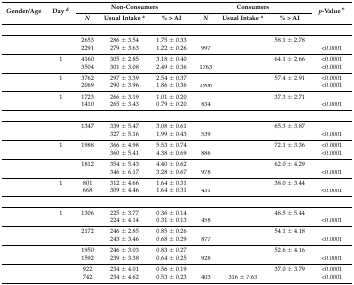
<table><thead><tr><td rowspan="2"><b>Gender/Age</b></td><td rowspan="2"><b>Day <sup>d</sup></b></td><td colspan="3"><b>Non-Consumers</b></td><td colspan="3"><b>Consumers</b></td><td rowspan="2"><b><i>p</i>-Value <sup>e</sup></b></td></tr><tr><td><b><i>N</i></b></td><td><b>Usual Intake <sup>a</sup></b></td><td><b>% &gt; AI</b></td><td><b><i>N</i></b></td><td><b>Usual Intake <sup>a</sup></b></td><td><b>% &gt; AI</b></td></tr></thead><tbody><tr><td>[EMPTY_CELL]</td><td>[EMPTY_CELL]</td><td>[EMPTY_CELL]</td><td>[EMPTY_CELL]</td><td>[EMPTY_CELL]</td><td>[EMPTY_CELL]</td><td>[EMPTY_CELL]</td><td>[EMPTY_CELL]</td><td>[EMPTY_CELL]</td></tr><tr><td rowspan="2">[EMPTY_CELL]</td><td>[EMPTY_CELL]</td><td>2653</td><td>286 ± 3.54</td><td>1.75 ± 0.33</td><td>[EMPTY_CELL]</td><td>[EMPTY_CELL]</td><td>58.1 ± 2.78</td><td>[EMPTY_CELL]</td></tr><tr><td>[EMPTY_CELL]</td><td>2291</td><td>279 ± 3.63</td><td>1.22 ± 0.26</td><td>997</td><td>[EMPTY_CELL]</td><td>[EMPTY_CELL]</td><td>&lt;0.0001</td></tr><tr><td rowspan="2">[EMPTY_CELL]</td><td>1</td><td>4160</td><td>305 ± 2.85</td><td>3.18 ± 0.40</td><td>[EMPTY_CELL]</td><td>[EMPTY_CELL]</td><td>64.1 ± 2.66</td><td>&lt;0.0001</td></tr><tr><td>[EMPTY_CELL]</td><td>3504</td><td>301 ± 3.08</td><td>2.49 ± 0.36</td><td>1763</td><td>[EMPTY_CELL]</td><td>[EMPTY_CELL]</td><td>&lt;0.0001</td></tr><tr><td rowspan="2">[EMPTY_CELL]</td><td>1</td><td>3762</td><td>297 ± 3.39</td><td>2.54 ± 0.37</td><td>[EMPTY_CELL]</td><td>[EMPTY_CELL]</td><td>57.4 ± 2.91</td><td>&lt;0.0001</td></tr><tr><td>[EMPTY_CELL]</td><td>2069</td><td>290 ± 3.96</td><td>1.86 ± 0.36</td><td>1906</td><td>[EMPTY_CELL]</td><td>[EMPTY_CELL]</td><td>&lt;0.0001</td></tr><tr><td rowspan="2">[EMPTY_CELL]</td><td>1</td><td>1723</td><td>266 ± 3.19</td><td>1.01 ± 0.20</td><td>[EMPTY_CELL]</td><td>[EMPTY_CELL]</td><td>37.3 ± 2.71</td><td>[EMPTY_CELL]</td></tr><tr><td>[EMPTY_CELL]</td><td>1410</td><td>265 ± 3.43</td><td>0.79 ± 0.20</td><td>834</td><td>[EMPTY_CELL]</td><td>[EMPTY_CELL]</td><td>&lt;0.0001</td></tr><tr><td>[EMPTY_CELL]</td><td>[EMPTY_CELL]</td><td>[EMPTY_CELL]</td><td>[EMPTY_CELL]</td><td>[EMPTY_CELL]</td><td>[EMPTY_CELL]</td><td>[EMPTY_CELL]</td><td>[EMPTY_CELL]</td><td>[EMPTY_CELL]</td></tr><tr><td rowspan="2">[EMPTY_CELL]</td><td>[EMPTY_CELL]</td><td>1347</td><td>339 ± 5.47</td><td>3.08 ± 0.61</td><td>[EMPTY_CELL]</td><td>[EMPTY_CELL]</td><td>65.3 ± 3.87</td><td>[EMPTY_CELL]</td></tr><tr><td>[EMPTY_CELL]</td><td>[EMPTY_CELL]</td><td>327 ± 5.16</td><td>1.99 ± 0.43</td><td>539</td><td>[EMPTY_CELL]</td><td>[EMPTY_CELL]</td><td>&lt;0.0001</td></tr><tr><td rowspan="2">[EMPTY_CELL]</td><td>1</td><td>1988</td><td>366 ± 4.98</td><td>5.53 ± 0.74</td><td>[EMPTY_CELL]</td><td>[EMPTY_CELL]</td><td>72.1 ± 3.36</td><td>&lt;0.0001</td></tr><tr><td>[EMPTY_CELL]</td><td>[EMPTY_CELL]</td><td>360 ± 5.41</td><td>4.38 ± 0.69</td><td>886</td><td>[EMPTY_CELL]</td><td>[EMPTY_CELL]</td><td>&lt;0.0001</td></tr><tr><td rowspan="2">[EMPTY_CELL]</td><td>[EMPTY_CELL]</td><td>1812</td><td>354 ± 5.43</td><td>4.40 ± 0.62</td><td>[EMPTY_CELL]</td><td>[EMPTY_CELL]</td><td>62.0 ± 4.29</td><td>[EMPTY_CELL]</td></tr><tr><td>[EMPTY_CELL]</td><td>[EMPTY_CELL]</td><td>346 ± 6.17</td><td>3.28 ± 0.67</td><td>978</td><td>[EMPTY_CELL]</td><td>[EMPTY_CELL]</td><td>&lt;0.0001</td></tr><tr><td rowspan="2">[EMPTY_CELL]</td><td>1</td><td>801</td><td>312 ± 4.66</td><td>1.64 ± 0.31</td><td>[EMPTY_CELL]</td><td>[EMPTY_CELL]</td><td>38.0 ± 3.44</td><td>[EMPTY_CELL]</td></tr><tr><td>[EMPTY_CELL]</td><td>668</td><td>309 ± 4.46</td><td>1.64 ± 0.31</td><td>431</td><td>[EMPTY_CELL]</td><td>[EMPTY_CELL]</td><td>&lt;0.0001</td></tr><tr><td>[EMPTY_CELL]</td><td>[EMPTY_CELL]</td><td>[EMPTY_CELL]</td><td>[EMPTY_CELL]</td><td>[EMPTY_CELL]</td><td>[EMPTY_CELL]</td><td>[EMPTY_CELL]</td><td>[EMPTY_CELL]</td><td>[EMPTY_CELL]</td></tr><tr><td rowspan="2">[EMPTY_CELL]</td><td>1</td><td>1306</td><td>225 ± 3.77</td><td>0.36 ± 0.14</td><td>[EMPTY_CELL]</td><td>[EMPTY_CELL]</td><td>48.5 ± 5.44</td><td>[EMPTY_CELL]</td></tr><tr><td>[EMPTY_CELL]</td><td>[EMPTY_CELL]</td><td>224 ± 4.14</td><td>0.31 ± 0.13</td><td>458</td><td>[EMPTY_CELL]</td><td>[EMPTY_CELL]</td><td>&lt;0.0001</td></tr><tr><td rowspan="2">[EMPTY_CELL]</td><td>[EMPTY_CELL]</td><td>2172</td><td>246 ± 2.85</td><td>0.85 ± 0.26</td><td>[EMPTY_CELL]</td><td>[EMPTY_CELL]</td><td>54.1 ± 4.18</td><td>[EMPTY_CELL]</td></tr><tr><td>[EMPTY_CELL]</td><td>[EMPTY_CELL]</td><td>243 ± 3.46</td><td>0.68 ± 0.29</td><td>877</td><td>[EMPTY_CELL]</td><td>[EMPTY_CELL]</td><td>&lt;0.0001</td></tr><tr><td rowspan="2">[EMPTY_CELL]</td><td>[EMPTY_CELL]</td><td>1950</td><td>246 ± 3.03</td><td>0.83 ± 0.27</td><td>[EMPTY_CELL]</td><td>[EMPTY_CELL]</td><td>52.6 ± 4.16</td><td>[EMPTY_CELL]</td></tr><tr><td>[EMPTY_CELL]</td><td>1592</td><td>239 ± 3.38</td><td>0.64 ± 0.25</td><td>928</td><td>[EMPTY_CELL]</td><td>[EMPTY_CELL]</td><td>&lt;0.0001</td></tr><tr><td rowspan="2">[EMPTY_CELL]</td><td>[EMPTY_CELL]</td><td>922</td><td>234 ± 4.01</td><td>0.56 ± 0.19</td><td>[EMPTY_CELL]</td><td>[EMPTY_CELL]</td><td>37.0 ± 3.79</td><td>&lt;0.0001</td></tr><tr><td>[EMPTY_CELL]</td><td>742</td><td>234 ± 4.62</td><td>0.53 ± 0.23</td><td>403</td><td>316 ± 7.63</td><td>[EMPTY_CELL]</td><td>&lt;0.0001</td></tr></tbody></table>